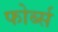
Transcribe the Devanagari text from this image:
फोर्ब्‍स